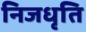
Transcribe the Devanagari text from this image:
निजधृति